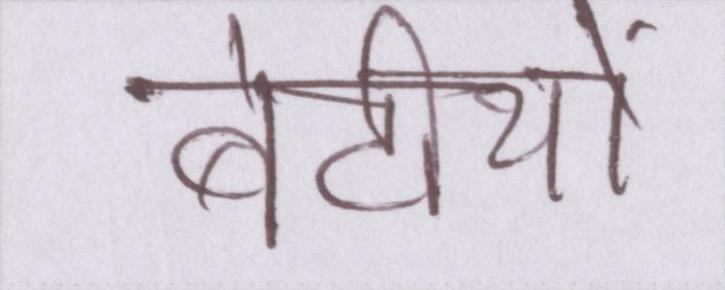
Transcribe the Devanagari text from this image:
बेटीयों